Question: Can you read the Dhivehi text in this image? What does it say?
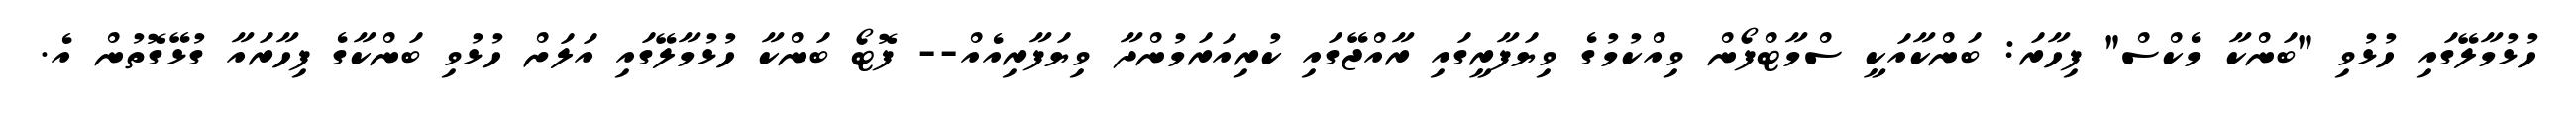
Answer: ހުޅުމާލޭގައި ހުޅުވި "ބަންކާ މެކްސް" ފިހާރަ: ބަންކާއަކީ ސްމާޓްފޯން ވިއްކުމުގެ ވިޔަފާރީގައި ރާއްޖޭގައި ކުރިއަރަމުންދާ ވިޔަފާރިއެއް-- ފޮޓޯ ބަންކާ ހުޅުމާލޭގައި އަލަށް ހުޅުވި ބަންކާގެ ފިހާރައާ ގުޅޭގޮތުން އެ.